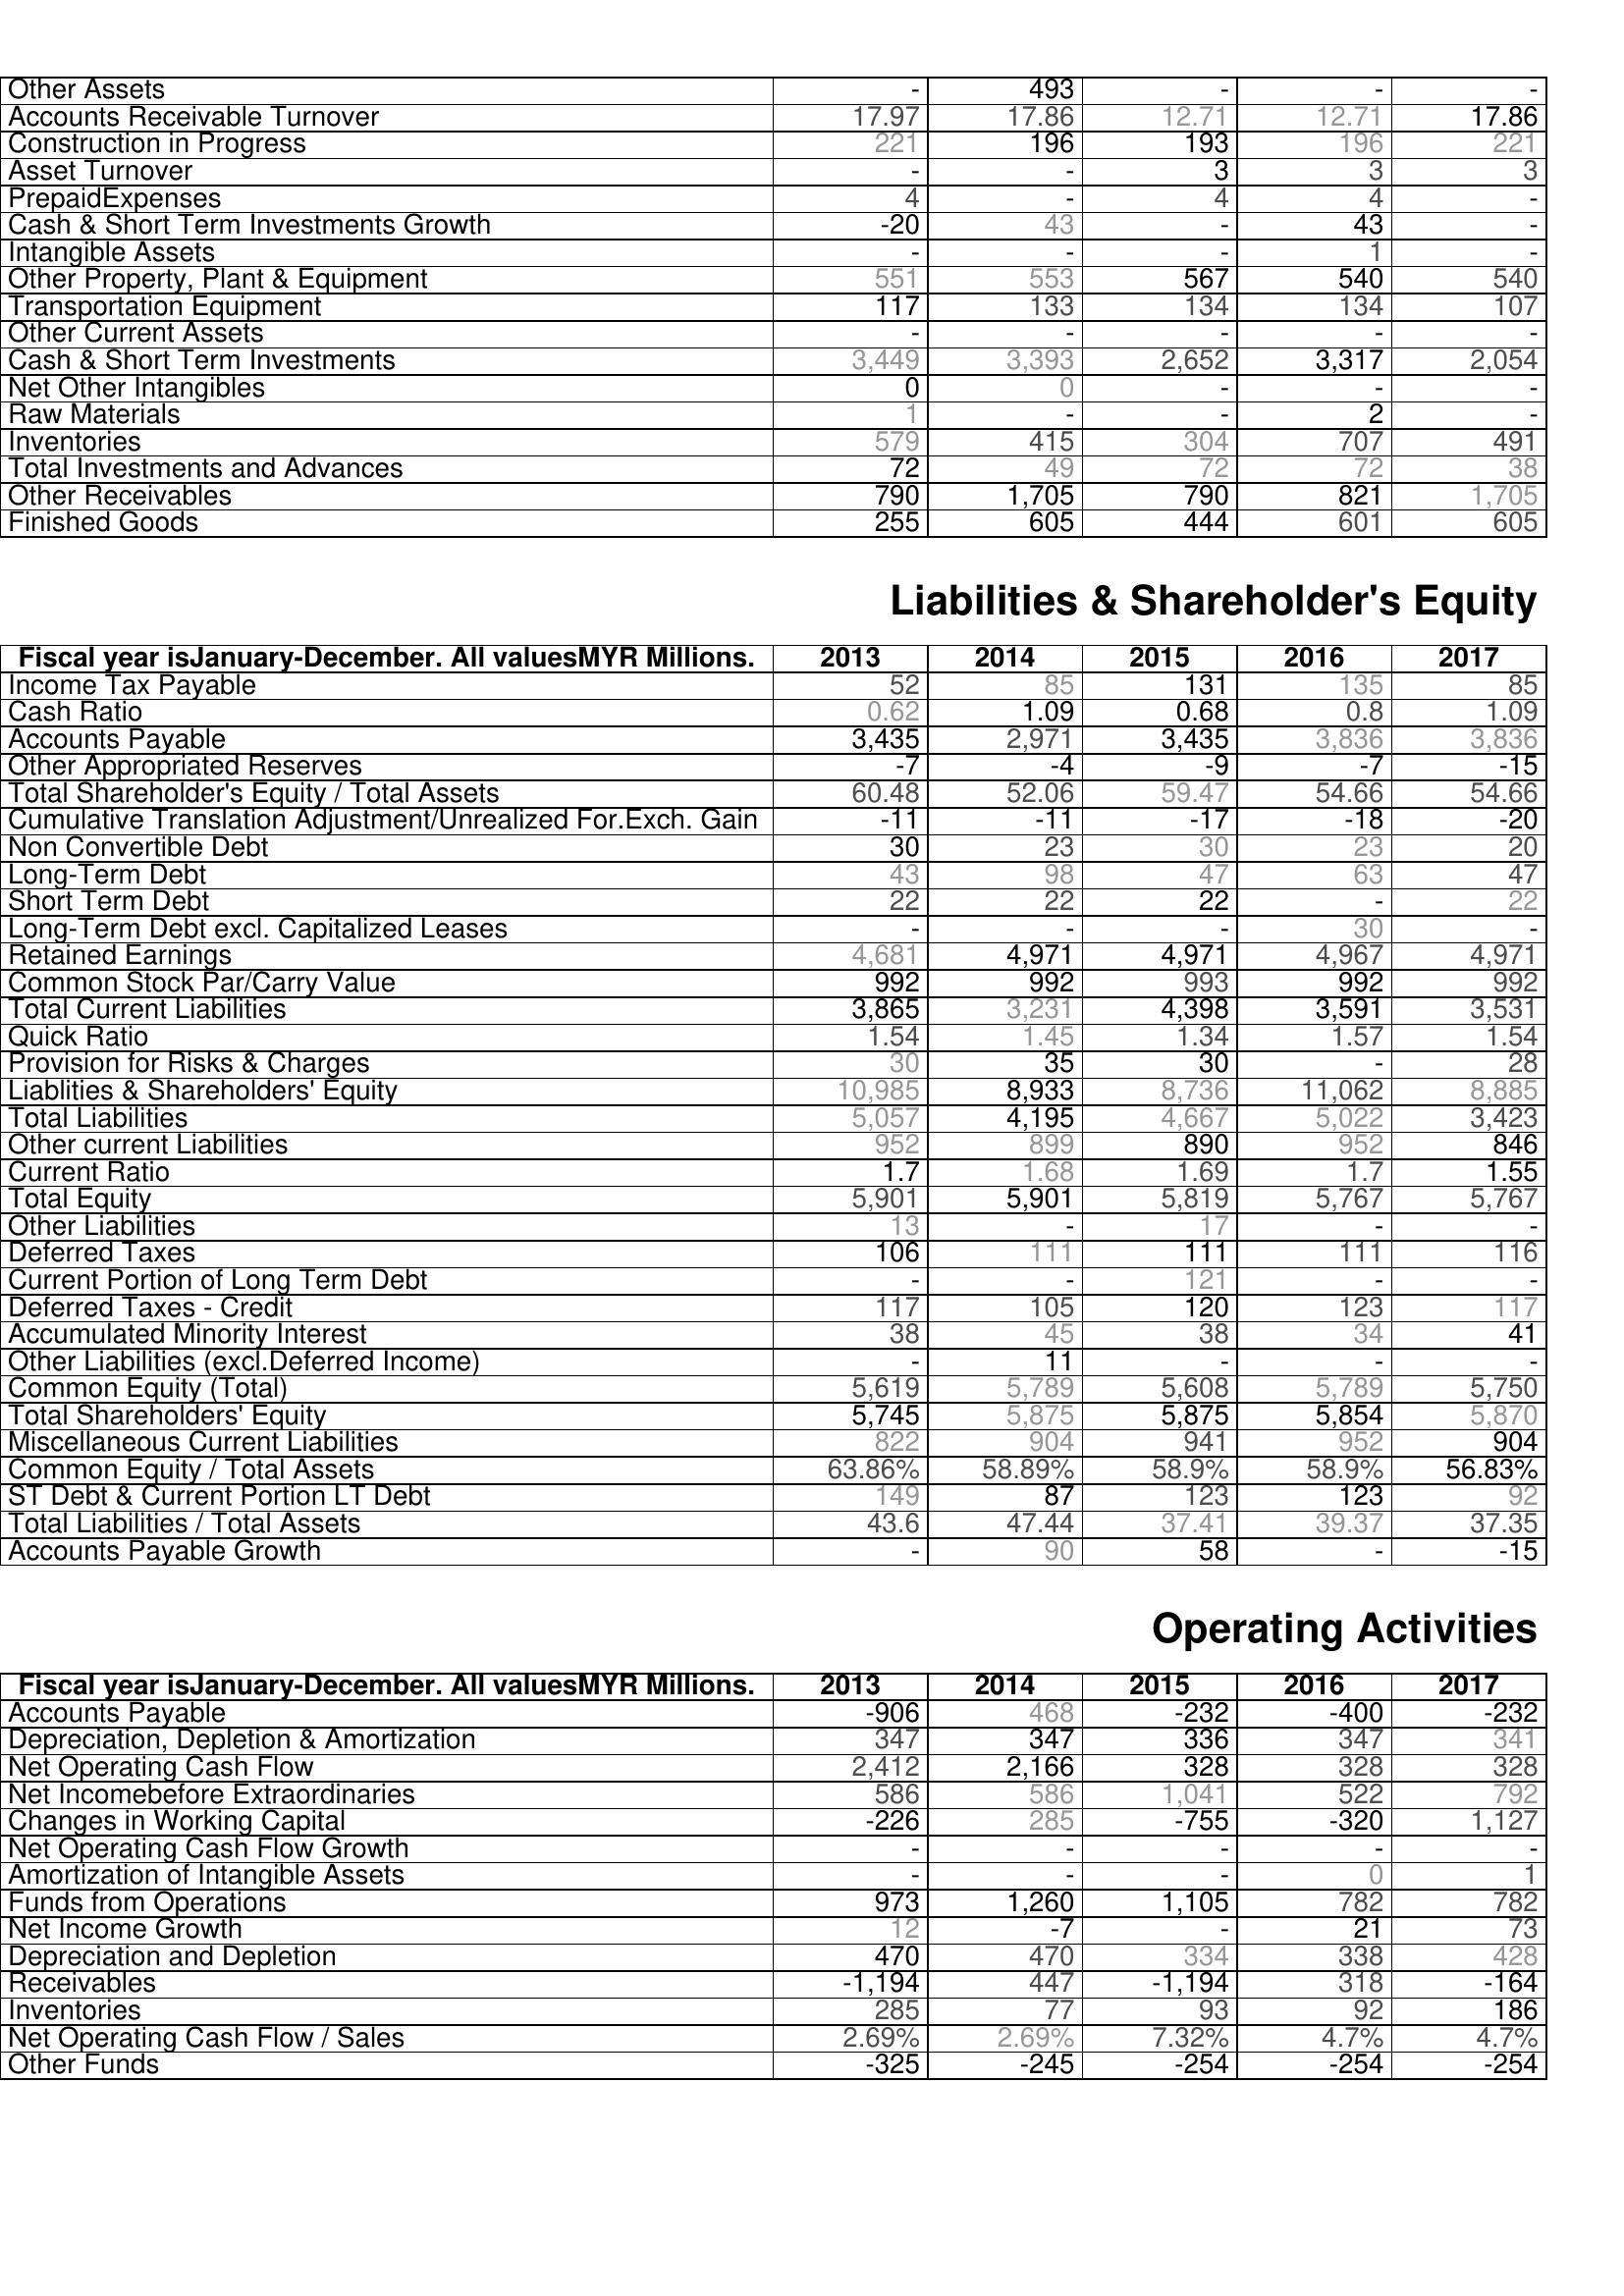
2013: Assets: Other Assets: -
Accounts Receivable Turnover: 17.97
Construction in Progress: 221
Asset Turnover: -
PrepaidExpenses: 4
Cash & Short Term Investments Growth: -20
Intangible Assets: -
Other Property, Plant & Equipment: 551
Transportation Equipment: 117
Other Current Assets: -
Cash & Short Term Investments: 3,449
Net Other Intangibles: 0
Raw Materials: 1
Inventories: 579
Total Investments and Advances: 72
Other Receivables: 790
Finished Goods: 255
Liabilities & Shareholder's Equity: Income Tax Payable: 52
Cash Ratio: 0.62
Accounts Payable: 3,435
Other Appropriated Reserves: -7
Total Shareholder's Equity / Total Assets: 60.48
Cumulative Translation Adjustment/Unrealized For.Exch. Gain: -11
Non Convertible Debt: 30
Long-Term Debt: 43
Short Term Debt: 22
Long-Term Debt excl. Capitalized Leases: -
Retained Earnings: 4,681
Common Stock Par/Carry Value: 992
Total Current Liabilities: 3,865
Quick Ratio: 1.54
Provision for Risks & Charges: 30
Liablities & Shareholders' Equity: 10,985
Total Liabilities: 5,057
Other current Liabilities: 952
Current Ratio: 1.7
Total Equity: 5,901
Other Liabilities: 13
Deferred Taxes: 106
Current Portion of Long Term Debt: -
Deferred Taxes - Credit: 117
Accumulated Minority Interest: 38
Other Liabilities (excl.Deferred Income): -
Common Equity (Total): 5,619
Total Shareholders' Equity: 5,745
Miscellaneous Current Liabilities: 822
Common Equity / Total Assets: 63.86%
ST Debt & Current Portion LT Debt: 149
Total Liabilities / Total Assets: 43.6
Accounts Payable Growth: -
Operating Activities: Accounts Payable: -906
Depreciation, Depletion & Amortization: 347
Net Operating Cash Flow: 2,412
Net Incomebefore Extraordinaries: 586
Changes in Working Capital: -226
Net Operating Cash Flow Growth: -
Amortization of Intangible Assets: -
Funds from Operations: 973
Net Income Growth: 12
Depreciation and Depletion: 470
Receivables: -1,194
Inventories: 285
Net Operating Cash Flow / Sales: 2.69%
Other Funds: -325
2014: Assets: Other Assets: 493
Accounts Receivable Turnover: 17.86
Construction in Progress: 196
Asset Turnover: -
PrepaidExpenses: -
Cash & Short Term Investments Growth: 43
Intangible Assets: -
Other Property, Plant & Equipment: 553
Transportation Equipment: 133
Other Current Assets: -
Cash & Short Term Investments: 3,393
Net Other Intangibles: 0
Raw Materials: -
Inventories: 415
Total Investments and Advances: 49
Other Receivables: 1,705
Finished Goods: 605
Liabilities & Shareholder's Equity: Income Tax Payable: 85
Cash Ratio: 1.09
Accounts Payable: 2,971
Other Appropriated Reserves: -4
Total Shareholder's Equity / Total Assets: 52.06
Cumulative Translation Adjustment/Unrealized For.Exch. Gain: -11
Non Convertible Debt: 23
Long-Term Debt: 98
Short Term Debt: 22
Long-Term Debt excl. Capitalized Leases: -
Retained Earnings: 4,971
Common Stock Par/Carry Value: 992
Total Current Liabilities: 3,231
Quick Ratio: 1.45
Provision for Risks & Charges: 35
Liablities & Shareholders' Equity: 8,933
Total Liabilities: 4,195
Other current Liabilities: 899
Current Ratio: 1.68
Total Equity: 5,901
Other Liabilities: -
Deferred Taxes: 111
Current Portion of Long Term Debt: -
Deferred Taxes - Credit: 105
Accumulated Minority Interest: 45
Other Liabilities (excl.Deferred Income): 11
Common Equity (Total): 5,789
Total Shareholders' Equity: 5,875
Miscellaneous Current Liabilities: 904
Common Equity / Total Assets: 58.89%
ST Debt & Current Portion LT Debt: 87
Total Liabilities / Total Assets: 47.44
Accounts Payable Growth: 90
Operating Activities: Accounts Payable: 468
Depreciation, Depletion & Amortization: 347
Net Operating Cash Flow: 2,166
Net Incomebefore Extraordinaries: 586
Changes in Working Capital: 285
Net Operating Cash Flow Growth: -
Amortization of Intangible Assets: -
Funds from Operations: 1,260
Net Income Growth: -7
Depreciation and Depletion: 470
Receivables: 447
Inventories: 77
Net Operating Cash Flow / Sales: 2.69%
Other Funds: -245
2015: Assets: Other Assets: -
Accounts Receivable Turnover: 12.71
Construction in Progress: 193
Asset Turnover: 3
PrepaidExpenses: 4
Cash & Short Term Investments Growth: -
Intangible Assets: -
Other Property, Plant & Equipment: 567
Transportation Equipment: 134
Other Current Assets: -
Cash & Short Term Investments: 2,652
Net Other Intangibles: -
Raw Materials: -
Inventories: 304
Total Investments and Advances: 72
Other Receivables: 790
Finished Goods: 444
Liabilities & Shareholder's Equity: Income Tax Payable: 131
Cash Ratio: 0.68
Accounts Payable: 3,435
Other Appropriated Reserves: -9
Total Shareholder's Equity / Total Assets: 59.47
Cumulative Translation Adjustment/Unrealized For.Exch. Gain: -17
Non Convertible Debt: 30
Long-Term Debt: 47
Short Term Debt: 22
Long-Term Debt excl. Capitalized Leases: -
Retained Earnings: 4,971
Common Stock Par/Carry Value: 993
Total Current Liabilities: 4,398
Quick Ratio: 1.34
Provision for Risks & Charges: 30
Liablities & Shareholders' Equity: 8,736
Total Liabilities: 4,667
Other current Liabilities: 890
Current Ratio: 1.69
Total Equity: 5,819
Other Liabilities: 17
Deferred Taxes: 111
Current Portion of Long Term Debt: 121
Deferred Taxes - Credit: 120
Accumulated Minority Interest: 38
Other Liabilities (excl.Deferred Income): -
Common Equity (Total): 5,608
Total Shareholders' Equity: 5,875
Miscellaneous Current Liabilities: 941
Common Equity / Total Assets: 58.9%
ST Debt & Current Portion LT Debt: 123
Total Liabilities / Total Assets: 37.41
Accounts Payable Growth: 58
Operating Activities: Accounts Payable: -232
Depreciation, Depletion & Amortization: 336
Net Operating Cash Flow: 328
Net Incomebefore Extraordinaries: 1,041
Changes in Working Capital: -755
Net Operating Cash Flow Growth: -
Amortization of Intangible Assets: -
Funds from Operations: 1,105
Net Income Growth: -
Depreciation and Depletion: 334
Receivables: -1,194
Inventories: 93
Net Operating Cash Flow / Sales: 7.32%
Other Funds: -254
2016: Assets: Other Assets: -
Accounts Receivable Turnover: 12.71
Construction in Progress: 196
Asset Turnover: 3
PrepaidExpenses: 4
Cash & Short Term Investments Growth: 43
Intangible Assets: 1
Other Property, Plant & Equipment: 540
Transportation Equipment: 134
Other Current Assets: -
Cash & Short Term Investments: 3,317
Net Other Intangibles: -
Raw Materials: 2
Inventories: 707
Total Investments and Advances: 72
Other Receivables: 821
Finished Goods: 601
Liabilities & Shareholder's Equity: Income Tax Payable: 135
Cash Ratio: 0.8
Accounts Payable: 3,836
Other Appropriated Reserves: -7
Total Shareholder's Equity / Total Assets: 54.66
Cumulative Translation Adjustment/Unrealized For.Exch. Gain: -18
Non Convertible Debt: 23
Long-Term Debt: 63
Short Term Debt: -
Long-Term Debt excl. Capitalized Leases: 30
Retained Earnings: 4,967
Common Stock Par/Carry Value: 992
Total Current Liabilities: 3,591
Quick Ratio: 1.57
Provision for Risks & Charges: -
Liablities & Shareholders' Equity: 11,062
Total Liabilities: 5,022
Other current Liabilities: 952
Current Ratio: 1.7
Total Equity: 5,767
Other Liabilities: -
Deferred Taxes: 111
Current Portion of Long Term Debt: -
Deferred Taxes - Credit: 123
Accumulated Minority Interest: 34
Other Liabilities (excl.Deferred Income): -
Common Equity (Total): 5,789
Total Shareholders' Equity: 5,854
Miscellaneous Current Liabilities: 952
Common Equity / Total Assets: 58.9%
ST Debt & Current Portion LT Debt: 123
Total Liabilities / Total Assets: 39.37
Accounts Payable Growth: -
Operating Activities: Accounts Payable: -400
Depreciation, Depletion & Amortization: 347
Net Operating Cash Flow: 328
Net Incomebefore Extraordinaries: 522
Changes in Working Capital: -320
Net Operating Cash Flow Growth: -
Amortization of Intangible Assets: 0
Funds from Operations: 782
Net Income Growth: 21
Depreciation and Depletion: 338
Receivables: 318
Inventories: 92
Net Operating Cash Flow / Sales: 4.7%
Other Funds: -254
2017: Assets: Other Assets: -
Accounts Receivable Turnover: 17.86
Construction in Progress: 221
Asset Turnover: 3
PrepaidExpenses: -
Cash & Short Term Investments Growth: -
Intangible Assets: -
Other Property, Plant & Equipment: 540
Transportation Equipment: 107
Other Current Assets: -
Cash & Short Term Investments: 2,054
Net Other Intangibles: -
Raw Materials: -
Inventories: 491
Total Investments and Advances: 38
Other Receivables: 1,705
Finished Goods: 605
Liabilities & Shareholder's Equity: Income Tax Payable: 85
Cash Ratio: 1.09
Accounts Payable: 3,836
Other Appropriated Reserves: -15
Total Shareholder's Equity / Total Assets: 54.66
Cumulative Translation Adjustment/Unrealized For.Exch. Gain: -20
Non Convertible Debt: 20
Long-Term Debt: 47
Short Term Debt: 22
Long-Term Debt excl. Capitalized Leases: -
Retained Earnings: 4,971
Common Stock Par/Carry Value: 992
Total Current Liabilities: 3,531
Quick Ratio: 1.54
Provision for Risks & Charges: 28
Liablities & Shareholders' Equity: 8,885
Total Liabilities: 3,423
Other current Liabilities: 846
Current Ratio: 1.55
Total Equity: 5,767
Other Liabilities: -
Deferred Taxes: 116
Current Portion of Long Term Debt: -
Deferred Taxes - Credit: 117
Accumulated Minority Interest: 41
Other Liabilities (excl.Deferred Income): -
Common Equity (Total): 5,750
Total Shareholders' Equity: 5,870
Miscellaneous Current Liabilities: 904
Common Equity / Total Assets: 56.83%
ST Debt & Current Portion LT Debt: 92
Total Liabilities / Total Assets: 37.35
Accounts Payable Growth: -15
Operating Activities: Accounts Payable: -232
Depreciation, Depletion & Amortization: 341
Net Operating Cash Flow: 328
Net Incomebefore Extraordinaries: 792
Changes in Working Capital: 1,127
Net Operating Cash Flow Growth: -
Amortization of Intangible Assets: 1
Funds from Operations: 782
Net Income Growth: 73
Depreciation and Depletion: 428
Receivables: -164
Inventories: 186
Net Operating Cash Flow / Sales: 4.7%
Other Funds: -254